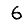
Digit: 6